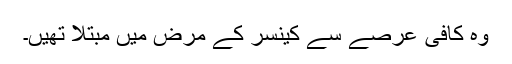
وہ کافی عرصے سے کینسر کے مرض میں مبتلا تھیں۔